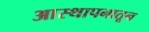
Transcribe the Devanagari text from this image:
आस्थापनातून